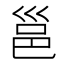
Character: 邕